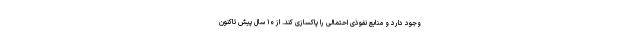
وجود دارد و منابع نفوذی احتمالی را پاکسازی کند. از ۱۰ سال پیش تاکنون